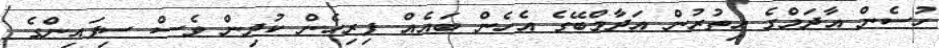
ހުސެން އާދަމްގެ އިތުރުން އަދާމްބޭގެ އެހެން ބައެއް ފިރިހެން ކުދިން ވެސް ސިފައިންގެ